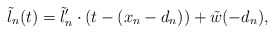
\begin{align*}\tilde{l}_n (t) = \tilde{l}_n' \cdot (t - (x_n - d_n)) + \tilde{w} (- d_n),\end{align*}